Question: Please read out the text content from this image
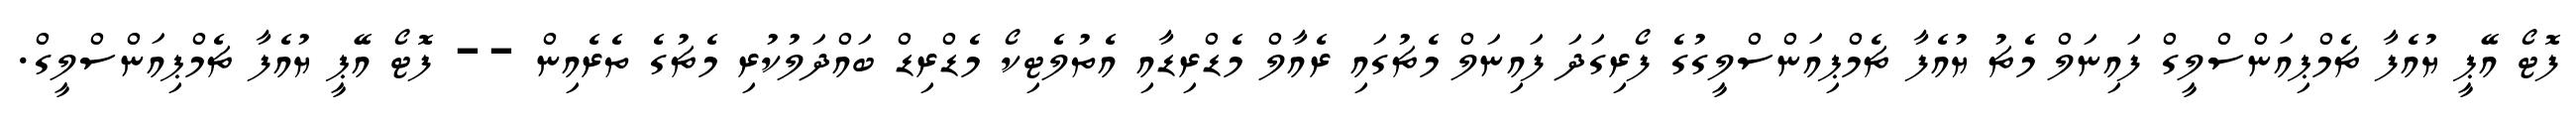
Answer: ފޮޓޯ އޭޕީ ޔުއެފާ ޗެމްޕިއަންސްލީގް ފައިނަލް މެޗު ޔުއެފާ ޗެމްޕިއަންސްލީގުގެ ފޯރިގަދަ ފައިނަލް މެޗުގައި ރެއާލް މެޑްރިޑާއި އެތުލެޓިކޯ މެޑްރިޑް ބައްދަލުކުރި މެޗުގެ ތެރެއިން -- ފޮޓޯ އޭޕީ ޔުއެފާ ޗެމްޕިއަންސްލީގް.